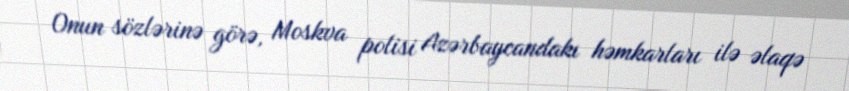
Onun sözlərinə görə, Moskva polisi Azərbaycandakı həmkarları ilə əlaqə